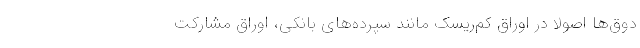
دوق‌ها اصولا در اوراق کم‌ریسک مانند سپرده‌های بانکی، اوراق مشارکت